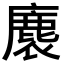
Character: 𮭴